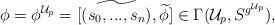
LaTeX: \begin{align*}\phi = \phi^{\mathcal{U}_p} = [\widetilde{(s_0,...,s_n)},\widetilde{\phi}] \in \Gamma(\mathcal{U}_p,S^{g^{\mathcal{U}_p}}),\end{align*}